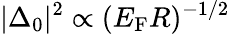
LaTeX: |\Delta_{0}|^{2}\propto(E_{\mathrm{F}}R)^{-1/2}